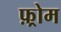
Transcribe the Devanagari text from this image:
फ़्रोम